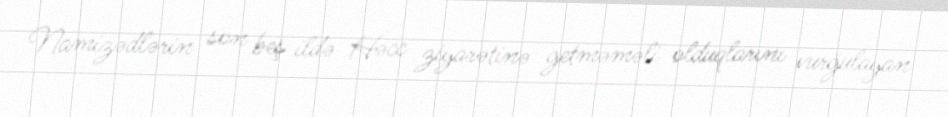
Namizədlərin son beş ildə Həcc ziyarətinə getməməli olduqlarını vurğulayan